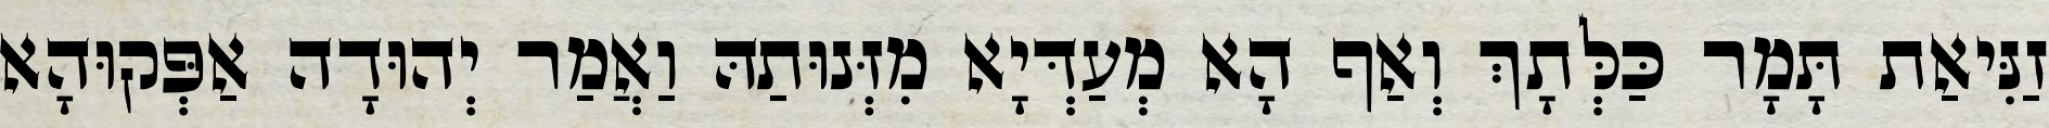
זַנִּיאַת תָּמָר כַּלְּתָךְ וְאַף הָא מְעַדְּיָא מִזְּנוּתַהּ וַאֲמַר יְהוּדָה אַפְּקוּהָא